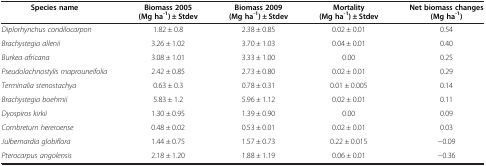
<table><thead><tr><td><b>Species name</b></td><td><b>Biomass 2005 (Mg ha<sup>-1</sup>) ± Stdev</b></td><td><b>Biomass 2009 (Mg ha<sup>-1</sup>) ± Stdev</b></td><td><b>Mortality (Mg ha<sup>-1</sup>) ± Stdev</b></td><td><b>Net biomass changes (Mg ha<sup>-1</sup>)</b></td></tr></thead><tbody><tr><td><i>Diplorhynchus condilocarpon</i></td><td>1.82 ± 0.8</td><td>2.38 ± 0.85</td><td>0.02 ± 0.01</td><td>0.54</td></tr><tr><td><i>Brachystegia allenii</i></td><td>3.26 ± 1.02</td><td>3.70 ± 1.03</td><td>0.04 ± 0.01</td><td>0.40</td></tr><tr><td><i>Burkea africana</i></td><td>3.08 ± 1.01</td><td>3.33 ± 1.00</td><td>0.00</td><td>0.25</td></tr><tr><td><i>Pseudolachnostylis maprouneifolia</i></td><td>2.42 ± 0.85</td><td>2.73 ± 0.80</td><td>0.02 ± 0.01</td><td>0.29</td></tr><tr><td><i>Terminalia stenostachya</i></td><td>0.63 ± 0.3</td><td>0.78 ± 0.31</td><td>0.01 ± 0.005</td><td>0.14</td></tr><tr><td><i>Brachystegia boehmii</i></td><td>5.83 ± 1.2</td><td>5.96 ± 1.12</td><td>0.02 ± 0.01</td><td>0.11</td></tr><tr><td><i>Dyospiros kirkii</i></td><td>1.30 ± 0.95</td><td>1.39 ± 0.90</td><td>0.00</td><td>0.09</td></tr><tr><td><i>Combretum hereroense</i></td><td>0.48 ± 0.02</td><td>0.53 ± 0.01</td><td>0.02 ± 0.01</td><td>0.03</td></tr><tr><td><i>Julbernardia globiflora</i></td><td>1.44 ± 0.75</td><td>1.57 ± 0.73</td><td>0.22 ± 0.015</td><td>-0.09</td></tr><tr><td><i>Pterocarpus angolensis</i></td><td>2.18 ± 1.20</td><td>1.88 ± 1.19</td><td>0.06 ± 0.01</td><td>-0.36</td></tr></tbody></table>